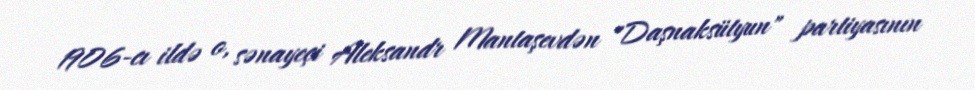
1906-cı ildə o, sənayeçi Aleksandr Mantaşevdən "Daşnaksütyun" partiyasının